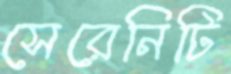
সেরেনিটি